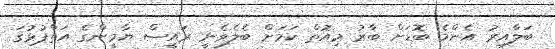
ބަލާއިރު އެންމެ ބޮޑަށް ބާރު މިއޮތް ކަމަށް ބެލެވެނީ ރައީސް ޔާމީންގެ އަތްޕުޅުގަ